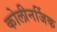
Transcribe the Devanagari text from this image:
कोलीनर्जिक